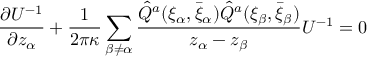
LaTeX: \frac { \partial U ^ { - 1 } } { \partial z _ { \alpha } } + \frac { 1 } { 2 \pi \kappa } \sum _ { \beta \neq \alpha } \frac { \hat { Q } ^ { a } ( \xi _ { \alpha } , \bar { \xi } _ { \alpha } ) \hat { Q } ^ { a } ( \xi _ { \beta } , \bar { \xi } _ { \beta } ) } { z _ { \alpha } - z _ { \beta } } U ^ { - 1 } = 0